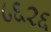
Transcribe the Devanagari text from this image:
८६२६